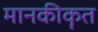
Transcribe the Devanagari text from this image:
मानकीकॄत